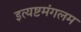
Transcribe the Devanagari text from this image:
इत्यष्टमंगलम